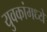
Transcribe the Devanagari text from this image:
युवकांमध्ये